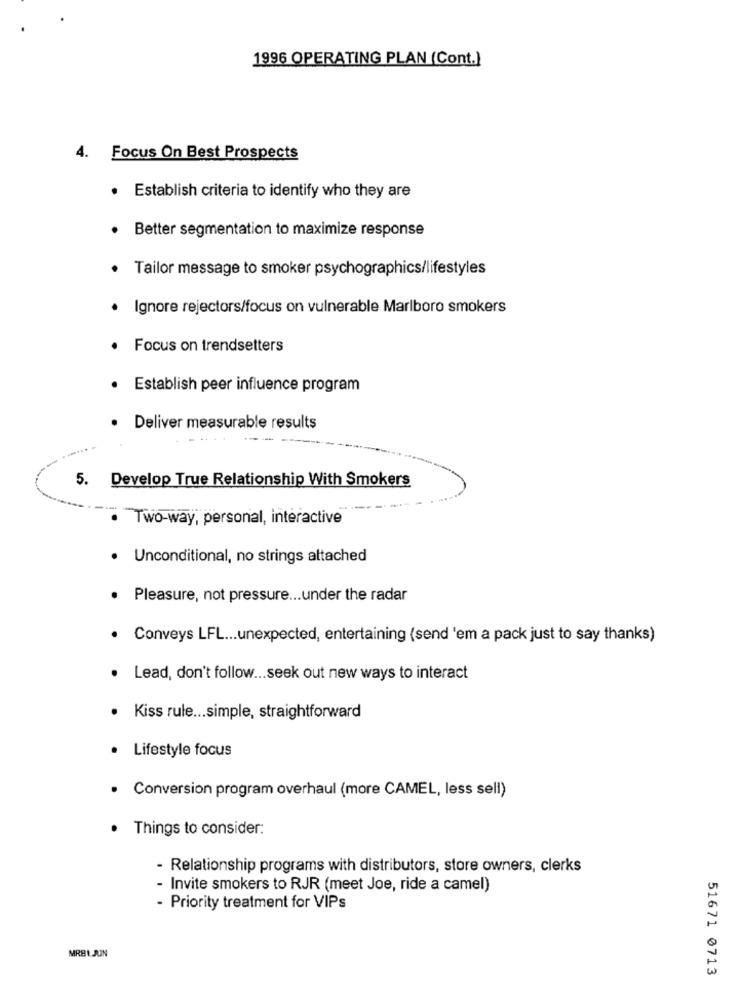
1996 OPERATING PLAN (Cont.)
4.
Focus On Best Prospects
· Establish criteria to identify who they are
Better segmentation to maximize response
Tailor message to smoker psychographics/lifestyles
· Ignore rejectors/focus on vulnerable Marlboro smokers
Focus on trendsetters
Establish peer influence program
· Deliver measurable results
5. Develop True Relationship With Smokers
Two-way, personal, interactive
· Unconditional, no strings attached
Pleasure, not pressure ... under the radar
Conveys LFL ... unexpected, entertaining (send 'em a pack just to say thanks)
. Lead, don't follow ... seek out new ways to interact
Kiss rule ... simple, straightforward
· Lifestyle focus
· Conversion program overhaul (more CAMEL, less sell)
· Things to consider:
- Relationship programs with distributors, store owners, clerks
- Invite smokers to RJR (meet Joe, ride a camel)
- Priority treatment for VIPs
MRB1. JUN
51671 0713